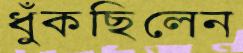
ধুঁকছিলেন